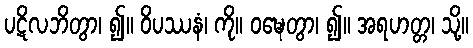
ပဋိလဘိတွာ၊ ၍။ ဝိပဿနံ၊ ကို။ ဝဍ္ဎေတွာ၊ ၍။ အရဟတ္တ၊ သို့။